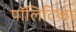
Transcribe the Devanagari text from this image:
पॉलिटिका